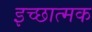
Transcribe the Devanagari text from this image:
इच्छात्मक